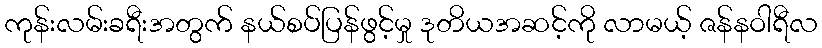
ကုန်းလမ်းခရီးအတွက် နယ်စပ်ပြန်ဖွင့်မှု ဒုတိယအဆင့်ကို လာမယ့် ဇန်နဝါရီလ